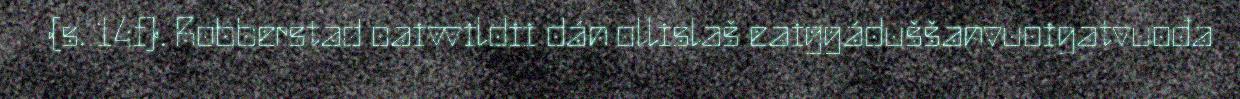
(s. 14f). Robberstad oaivvildii dán ollislaš eaiggáduššanvuoigatvuođa